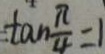
\tan \frac { \pi } { 4 } = 1